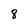
Character: 8